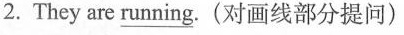
2. They are\underline{running}.(对画线部分提问)